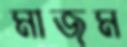
মাজম